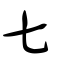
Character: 七